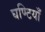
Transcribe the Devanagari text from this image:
घण्टियाँ